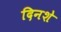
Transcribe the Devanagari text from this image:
दिनशे